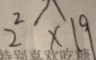
2 ^ { 2 } \times 1 9